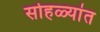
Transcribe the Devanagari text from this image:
सोहळ्यांत